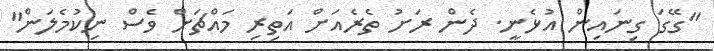
"ގޭގަ ގިނައިން އުޅެނީ. ދެން ރަށު ތެރެއަށް އަތިރި މައްޗަށް ވެސް ނިކުމެލަން"